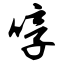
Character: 哼